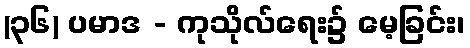
(၃၆) ပမာဒ - ကုသိုလ်ရေး၌ မေ့ခြင်း၊